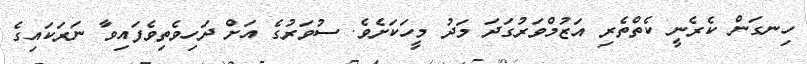
ހިނގަން ކެރެނީ ކެތްތެރި އަޒުމްވަރުގަދަ މަދު މީހަކަށެވެ. ސުވަރުގެ އަށް ދަހިވެތިވެފައިވާ ނަރަކައިގެ